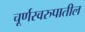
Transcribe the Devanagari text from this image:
चूर्णस्वरुपातील